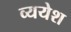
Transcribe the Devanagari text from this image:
व्ययेश